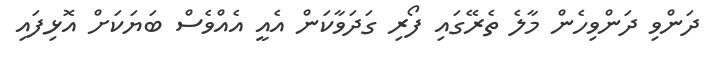
ދަންވި ދަންވިހެން މާލެ ތެރޭގައި ފޯރި ގަދަވާކަން އެއީ އެއްވެސް ބަޔަކަށް އޮޅިފައި